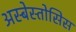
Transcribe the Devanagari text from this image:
अस्बेस्तोसिस